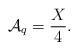
LaTeX: \begin{align*}{\cal A}_q = \frac{X}{4} .\end{align*}